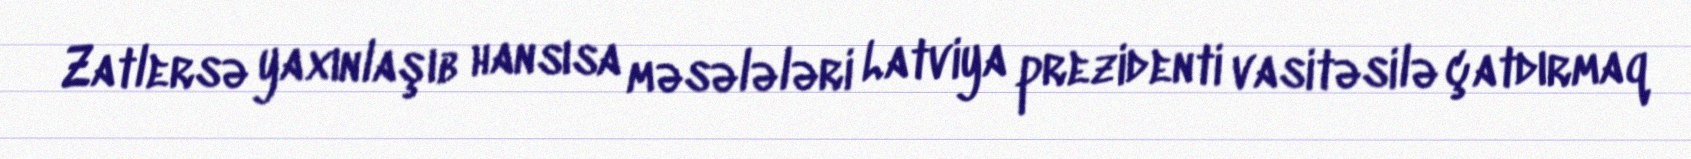
Zatlersə yaxınlaşıb hansısa məsələləri Latviya prezidenti vasitəsilə çatdırmaq